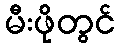
မီးဖိုတွင်